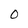
Character: O